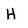
Character: H